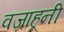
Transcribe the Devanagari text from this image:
वज्राहूनी